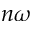
n \omega